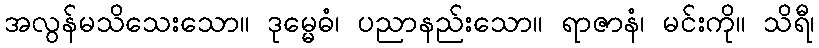
အလွန်မသိသေးသော။ ဒုမ္မေဓံ၊ ပညာနည်းသော။ ရာဇာနံ၊ မင်းကို။ သိရီ၊